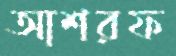
আশরফ